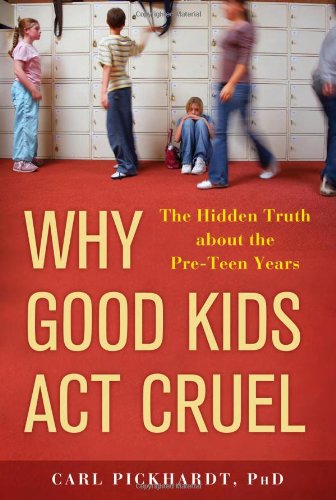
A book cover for Why Good Kids Act Cruel: The Hidden Truth about the Pre-Teen Years; Carl Pickhardt Ph.D.; Parenting & Relationships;